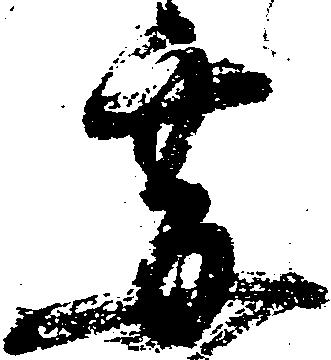
要